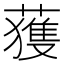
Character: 𫉬